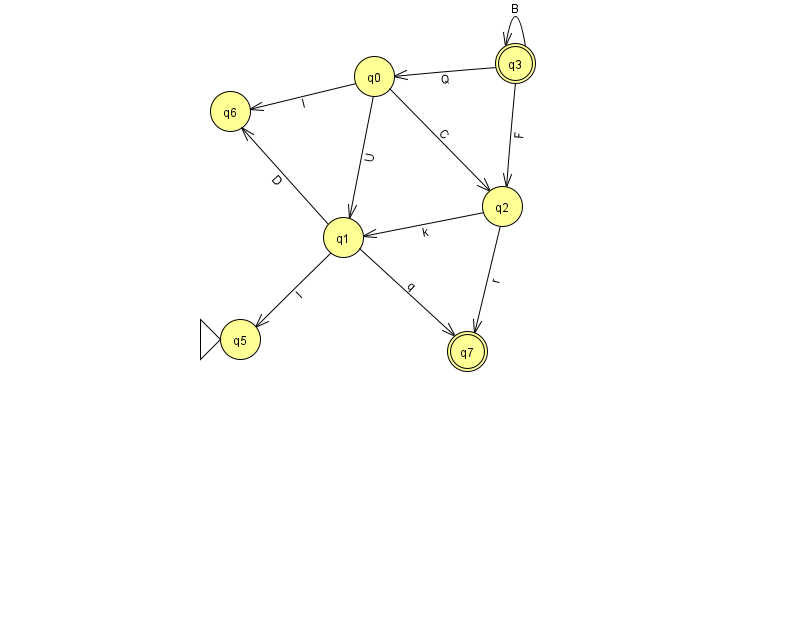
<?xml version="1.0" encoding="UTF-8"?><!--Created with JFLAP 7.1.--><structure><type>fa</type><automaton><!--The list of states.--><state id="0" name="q0"><x>374.0</x><y>63.0</y></state><state id="1" name="q1"><x>343.0</x><y>224.0</y></state><state id="2" name="q2"><x>502.0</x><y>193.0</y></state><state id="3" name="q3"><x>515.0</x><y>50.0</y><final/></state><state id="5" name="q5"><x>240.0</x><y>326.0</y><initial/></state><state id="6" name="q6"><x>230.0</x><y>98.0</y></state><state id="7" name="q7"><x>467.0</x><y>338.0</y><final/></state><!--The list of transitions.--><transition><from>1</from><to>6</to><read>D</read></transition><transition><from>0</from><to>6</to><read>I</read></transition><transition><from>3</from><to>3</to><read>B</read></transition><transition><from>1</from><to>5</to><read>I</read></transition><transition><from>3</from><to>2</to><read>F</read></transition><transition><from>1</from><to>7</to><read>q</read></transition><transition><from>3</from><to>0</to><read>Q</read></transition><transition><from>0</from><to>1</to><read>U</read></transition><transition><from>0</from><to>2</to><read>C</read></transition><transition><from>2</from><to>1</to><read>k</read></transition><transition><from>2</from><to>7</to><read>r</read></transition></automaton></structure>